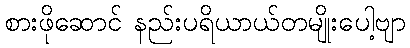
စားဖိုဆောင် နည်းပရိယာယ်တမျိုးပေါ့ဗျာ